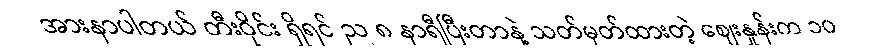
အားနာပါတယ် တီးဝိုင်း ရှိရင် ည ၈ နာရီပြီးတာနဲ့ သတ်မှတ်ထားတဲ့ ဈေးနှုန်းက ၁၀